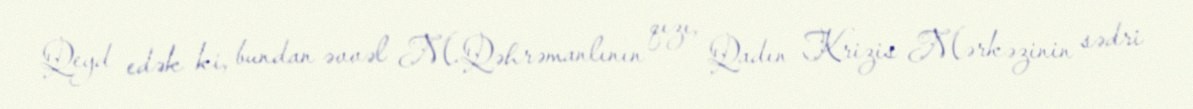
Qeyd edək ki, bundan əvvəl M.Qəhrəmanlının qızı, Qadın Krizis Mərkəzinin sədri